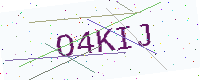
Text: O4KIJ